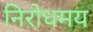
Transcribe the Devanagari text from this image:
निरोधमय